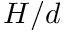
H / d